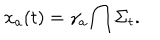
x _ { a } ( t ) = \gamma _ { a } \bigcap \Sigma _ { t } .